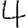
Digit: 4